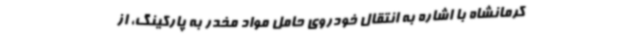
کرمانشاه با اشاره به انتقال خودروی حامل مواد مخدر به پارکینگ، از